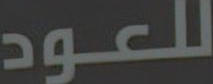
للعود